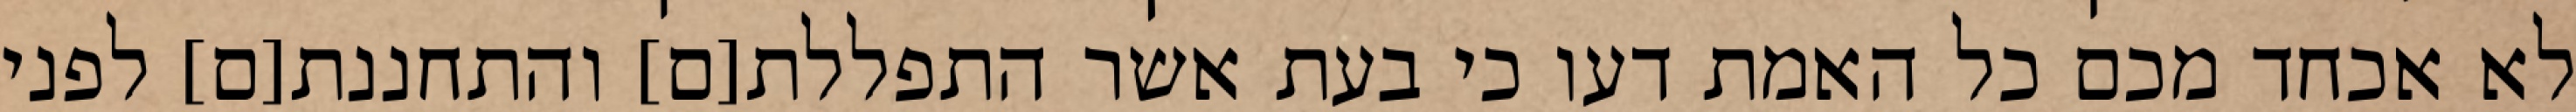
לא אכחד מכם כל האמת דעו כי בעת אשר התפללת[ם] והתחננת[ם] לפני